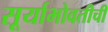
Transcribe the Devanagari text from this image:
सूर्याभोवतीची